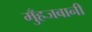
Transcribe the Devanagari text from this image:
मुँहजबानी